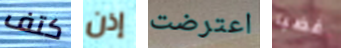
كتف إذن اعترضت غضبا